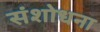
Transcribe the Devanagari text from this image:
संशोधना